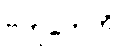
ဗဟုကေဟိ